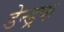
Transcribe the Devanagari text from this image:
डेन्ड्रफ